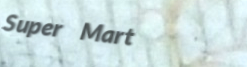
Super Mart